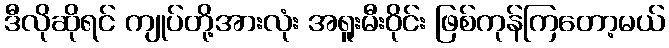
ဒီလိုဆိုရင် ကျုပ်တို့အားလုံး အရူးမီးဝိုင်း ဖြစ်ကုန်ကြတော့မယ်